Annual report of the Civil Veterinary Department, Bengal, and of the Bengal Veterinary College, for the year 1902-1903 - 1902-1903
Year: 1902
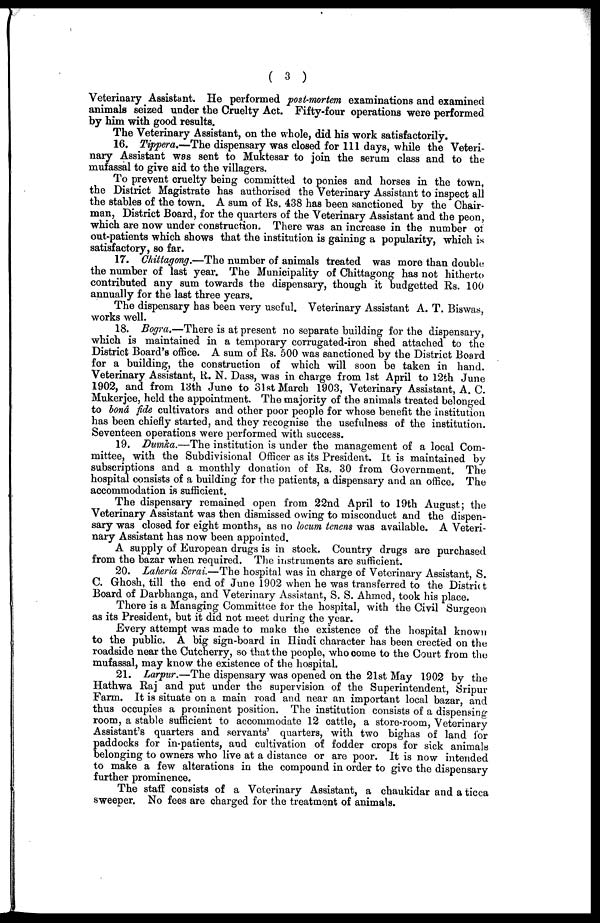
( 3 )
Veterinary Assistant. He performed post-mortem examinations and examined
animals seized under the Cruelty Act. Fifty-four operations were performed
by him with good results.
The Veterinary Assistant, on the whole, did his work satisfactorily.
16. Tippera.—The dispensary was closed for 111 days, while the Veteri-
nary Assistant was sent to Muktesar to join the serum class and to the
mufassal to give aid to the villagers.
To prevent cruelty being committed to ponies and horses in the town,
the District Magistrate has authorised the Veterinary Assistant to inspect all
the stables of the town. A sum of Rs. 438 has been sanctioned by the Chair-
man, District Board, for the quarters of the Veterinary Assistant and the peon,
which are now under construction. There was an increase in the number of
out-patients which shows that the institution is gaining a popularity, which is
satisfactory, so far.
17. Chittagong.—The number of animals treated was more than double
the number of last year. The Municipality of Chittagong has not hitherto
contributed any sum towards the dispensary, though it budgetted Rs. 100
annually for the last three years.
The dispensary has been very useful. Veterinary Assistant A. T. Biswas,
works well.
18. Bogra.—There is at present no separate building for the dispensary,
which is maintained in a temporary corrugated-iron shed attached to the
District Board's office. A sum of Rs. 500 was sanctioned by the District Board
for a building, the construction of which will soon be taken in hand.
Veterinary Assistant, R. N. Dass, was in charge from 1st April to 12th June
1902, and from 13th June to 81st March 1903, Veterinary Assistant, A. C.
Mukerjee, held the appointment. The majority of the animals treated belonged
to bond fide cultivators and other poor people for whose benefit the institution
has been chiefly started, and they recognise the usefulness of the institution.
Seventeen operations were performed with success.
19. Dumka.—The institution is under the management of a local Com-
mittee, with the Subdivisional Officer as its President. It is maintained by
subscriptions and a monthly donation of Rs. 30 from Government. The
hospital consists of a building for the patients, a dispensary and an office. The
accommodation is sufficient.
The dispensary remained open from 22nd April to 19th August; the
Veterinary Assistant was then dismissed owing to misconduct and the dispen-
sary was closed for eight months, as no locum tenens was available. A Veteri-
nary Assistant has now been appointed.
A supply of European drugs is in stock. Country drugs are purchased
from the bazar when required. The instruments are sufficient.
20. Laheria Serai—The hospital was in charge of Veterinary Assistant, S.
C. Ghosh, till the end of June 1902 when he was transferred to the District
Board of Darbhanga, and Veterinary Assistant, S. S. Ahmed, took his place.
There is a Managing Committee for the hospital, with the Civil Surgeon
as its President, but it did not meet during the year.
Every attempt was made to make the existence of the hospital known
to the public. A big sign-board in Hindi character has been erected on the
roadside near the Cutcherry, so that the people, who come to the Court from the
mufassal, may know the existence of the hospital.
21. Larpur.—The dispensary was opened on the 21st May 1902 by the
Hathwa Raj and put under the supervision of the Superintendent, Sripur
Farm. It is situate on a main road and near an important local bazar, and
thus occupies a prominent position. The institution consists of a dispensing
room, a stable sufficient to accommodate 12 cattle, a store-room, Veterinary
Assistant's quarters and servants' quarters, with two bighas of land for
paddocks for in-patients, and cultivation of fodder crops for sick animals
belonging to owners who live at a distance or are poor. It is now intended
to make a few alterations in the compound in order to give the dispensary
further prominence.
The staff consists of a Veterinary Assistant, a chaukidar and a ticca
sweeper. No fees are charged for the treatment of animals.